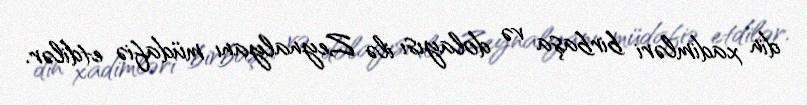
din xadimləri birbaşa və dolayısı ilə Zeynalyanı müdafiə etdilər.